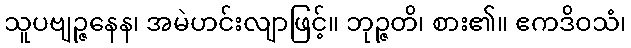
သူပဗျဉ္ဇနေန၊ အမဲဟင်းလျာဖြင့်။ ဘုဉ္ဇတိ၊ စား၏။ ဧကဒိဝသံ၊